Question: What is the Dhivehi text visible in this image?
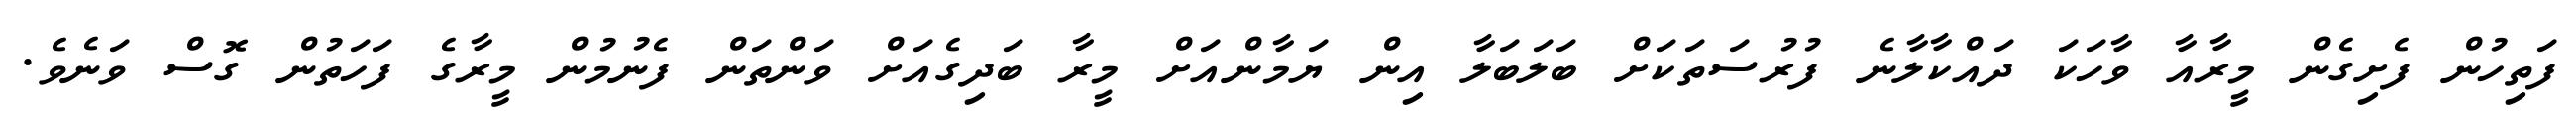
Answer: ފަތިހުން ފެށިގެން މީރާއާ ވާހަކަ ދައްކާލާނެ ފުރުސަތަކަށް ބަލަބަލާ އިން ޔަމާންއަށް މީރާ ބަދިގެއަށް ވަންތަން ފެނުމުން މީރާގެ ފަހަތުން ގޮސް ވަނެވެ.